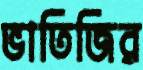
ভাতিজির